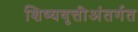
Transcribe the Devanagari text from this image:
शिष्यवृत्तीअंतर्गत